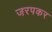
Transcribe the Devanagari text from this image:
जरपकर